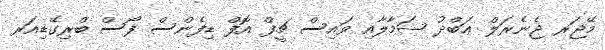
މޭޖަރ ޖެނެރަލް ޢަބްދު ޝަމާލާއި ވައިސް ޗީފް އޮފް ޑިފެންސް ފޯސް ބްރިގޭޑިއަރ